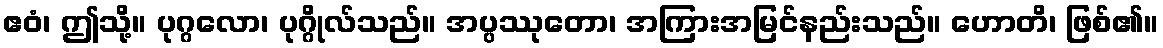
ဧဝံ၊ ဤသို့။ ပုဂ္ဂလော၊ ပုဂ္ဂိုလ်သည်။ အပ္ပဿုတော၊ အကြားအမြင်နည်းသည်။ ဟောတိ၊ ဖြစ်၏။